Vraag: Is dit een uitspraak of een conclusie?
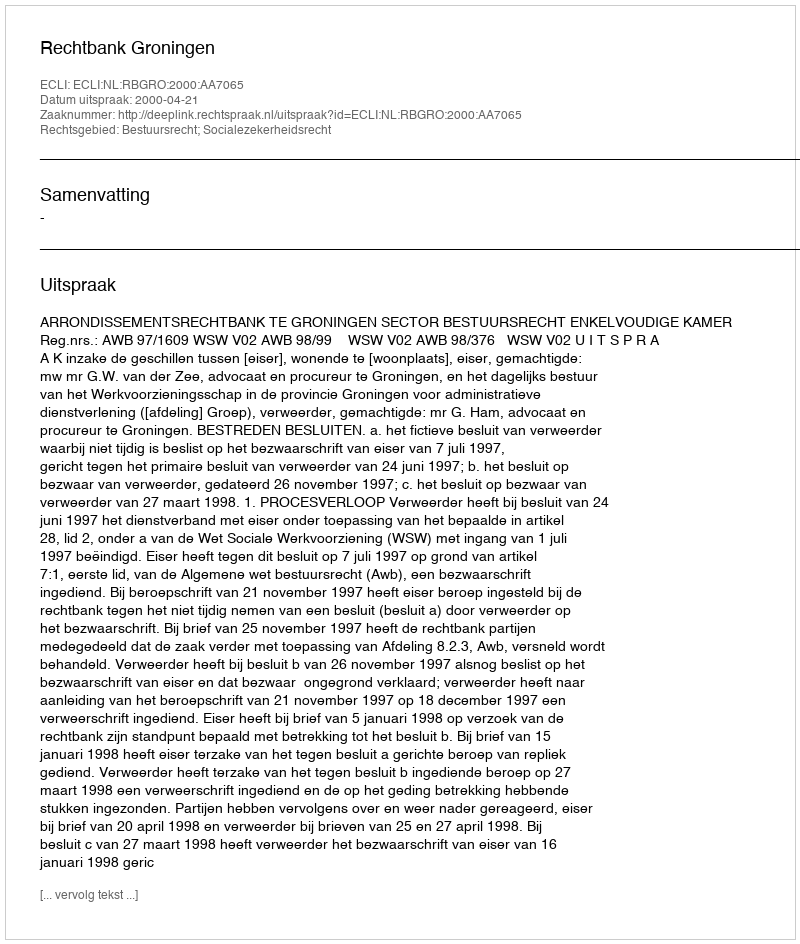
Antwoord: Uitspraak